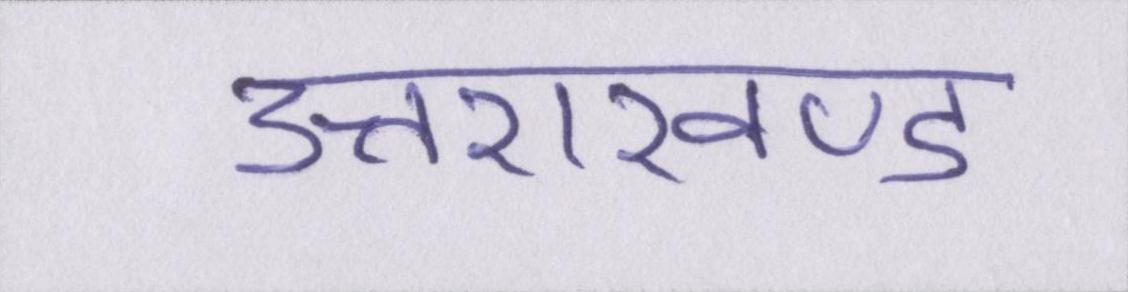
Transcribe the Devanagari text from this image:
उत्तराखण्ड